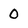
Character: 0